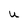
Character: U